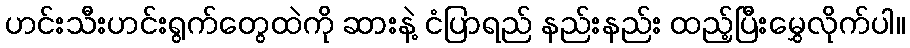
ဟင်းသီးဟင်းရွက်တွေထဲကို ဆားနဲ့ ငံပြာရည် နည်းနည်း ထည့်ပြီးမွှေလိုက်ပါ။